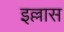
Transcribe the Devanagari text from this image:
इल्लास